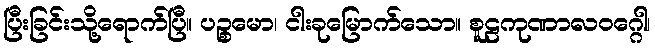
ပြီးခြင်းသို့ရောက်ပြီ။ ပဉ္စမော၊ ငါးခုမြောက်သော။ စူဠကုဏာလဝဂ္ဂေါ၊